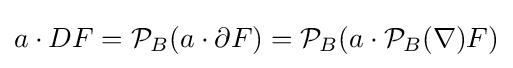
a\cdot DF={\mathcal {P}}_{B}(a\cdot \partial F)={\mathcal {P}}_{B}(a\cdot {\mathcal {P}}_{B}(\nabla )F)